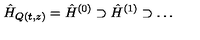
\hat { H } _ { Q ( t , z ) } = \hat { H } ^ { ( 0 ) } \supset \hat { H } ^ { ( 1 ) } \supset \ldots